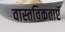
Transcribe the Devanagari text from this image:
वास्तविकताएॅ